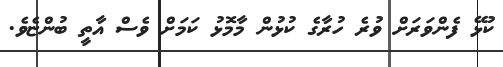
ކުޅޭ ފެންވަރަށް ވުރެ ހުރާގެ ކުޅުން މާމޮޅު ކަމަށް ވެސް އާތީ ބުންޏެވެ.